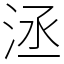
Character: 洆